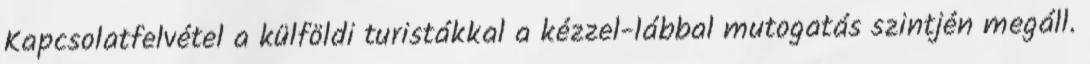
Kapcsolatfelvétel a külföldi turistákkal a kézzel-lábbal mutogatás szintjén megáll.